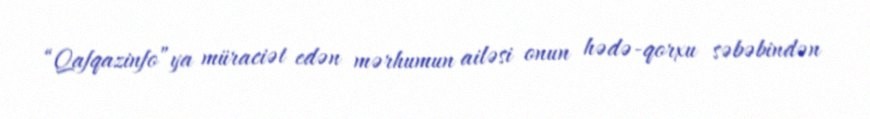
“Qafqazinfo”ya müraciət edən mərhumun ailəsi onun hədə-qorxu səbəbindən